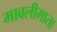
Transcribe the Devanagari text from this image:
मावलीमाता